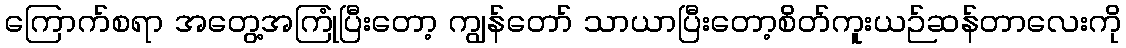
ကြောက်စရာ အတွေ့အကြုံပြီးတော့ ကျွန်တော် သာယာပြီးတော့စိတ်ကူးယဉ်ဆန်တာလေးကို